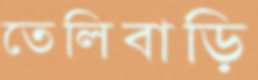
তেলিবাড়ি